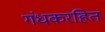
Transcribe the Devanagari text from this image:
गंधकरहित